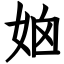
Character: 𡜧